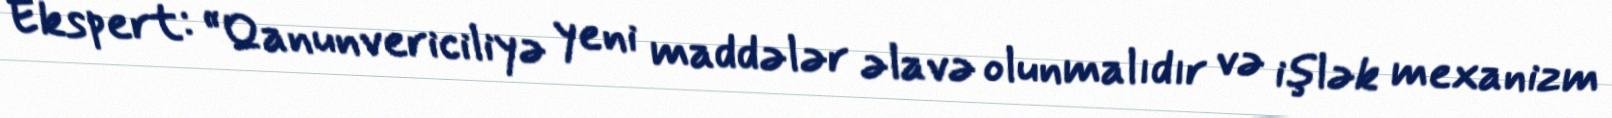
Ekspert: “Qanunvericiliyə yeni maddələr əlavə olunmalıdır və işlək mexanizm